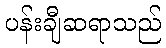
ပန်းချီဆရာသည်